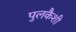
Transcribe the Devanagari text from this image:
पुलकैशी